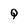
Character: Q